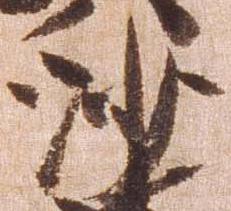
沙